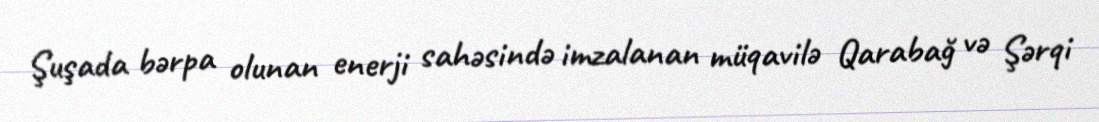
Şuşada bərpa olunan enerji sahəsində imzalanan müqavilə Qarabağ və Şərqi